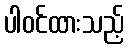
ပါဝင်ထားသည့်